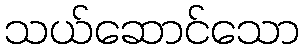
သယ်ဆောင်သော